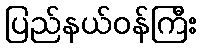
ပြည်နယ်ဝန်ကြီး